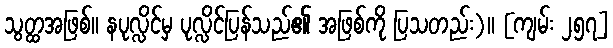
သွတ္ထအဖြစ်။ နပုလ္လိင်မှ ပုလ္လိင်ပြန်သည်၏ အဖြစ်ကို ပြသတည်း)။ [ကျမ်း ၂၅၇]